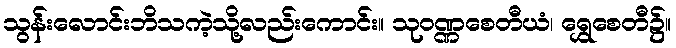
သွန်းလောင်းဘိသကဲ့သို့လည်းကောင်း။ သုဝဏ္ဏစေတီယံ၊ ရွှေစေတီ၌။